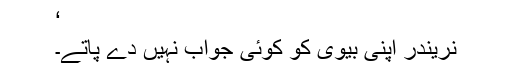
‘
نریندر اپنی بیوی کو کوئی جواب نہیں دے پاتے۔